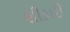
શીકારી